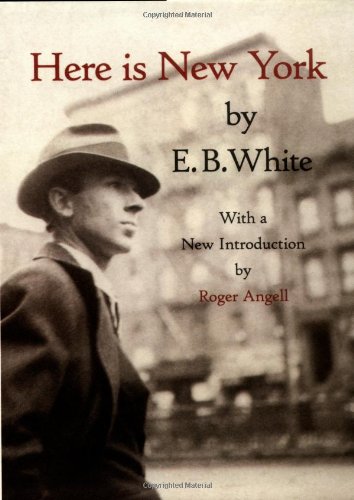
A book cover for Here is New York; E.B. White; Travel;